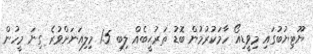
ޔޫޓިޔުބުގައި މިވީޑިއޯ ހާމަކުރުމުން ބޮޑު ތަރުޙީބެއް ލިބި 1.5 މިލިއަނަށްވުރެ ގިނަ މީހުން